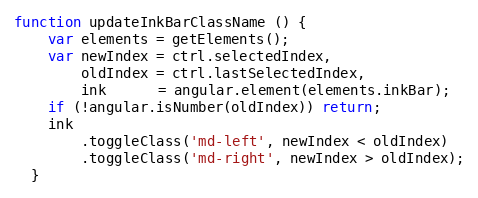
Language: JavaScript
function updateInkBarClassName () {
    var elements = getElements();
    var newIndex = ctrl.selectedIndex,
        oldIndex = ctrl.lastSelectedIndex,
        ink      = angular.element(elements.inkBar);
    if (!angular.isNumber(oldIndex)) return;
    ink
        .toggleClass('md-left', newIndex < oldIndex)
        .toggleClass('md-right', newIndex > oldIndex);
  }